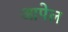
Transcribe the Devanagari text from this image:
आपेल